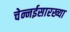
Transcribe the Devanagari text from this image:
चेन्नईसारख्या